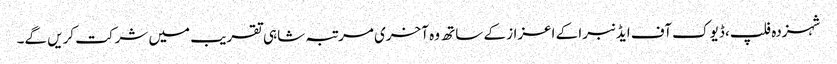
شہزدہ فلپ، ڈیوک آف ایڈنبرا کے اعزاز کے ساتھ وہ آخری مرتبہ شاہی تقریب میں شرکت کریں گے۔